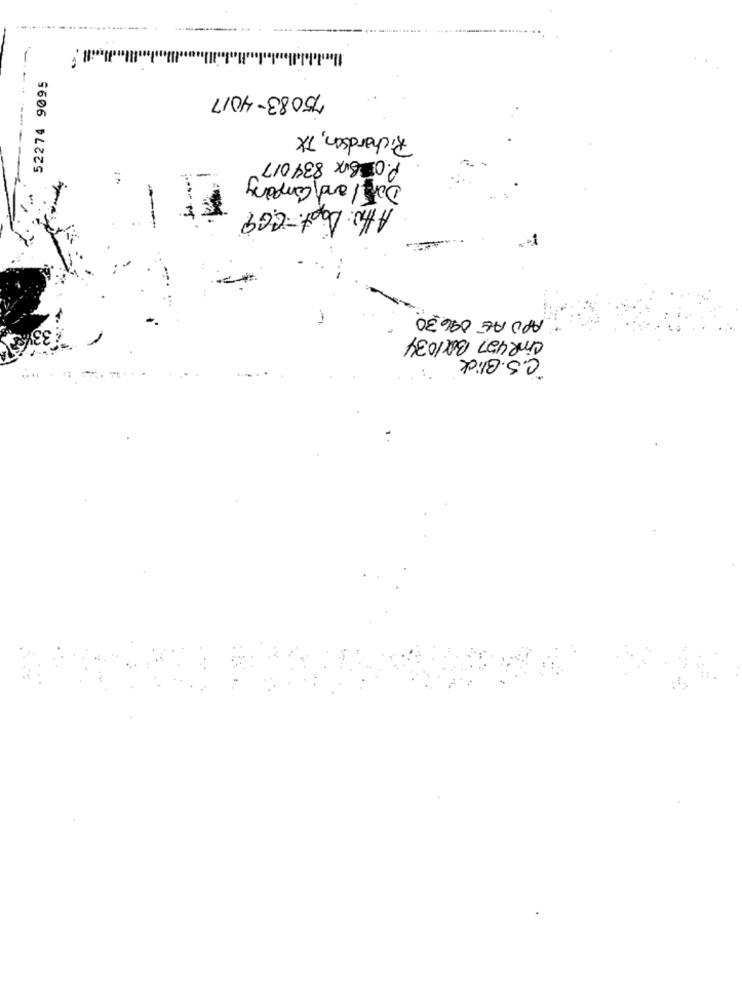
52274 9095
75083-4017
Richardson, TX
P. O Box 834017
Dorel and Company
AHh: Dapt-CG9
APUAE 09630
-1
CinR427 BOX1034
"C.S. Blick